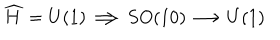
\widehat { H } = U ( 1 ) \Longrightarrow S O ( 1 0 ) \longrightarrow U ( 1 )